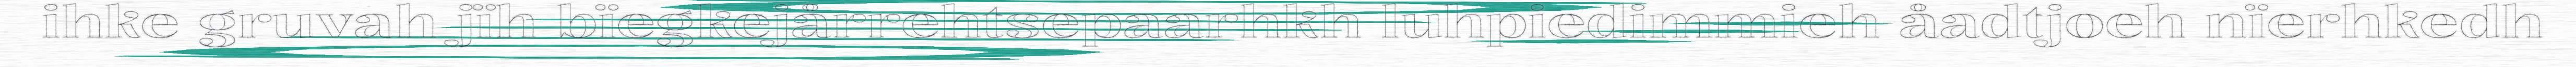
ihke gruvah jïh bïegkejårrehtsepaarhkh luhpiedimmieh åadtjoeh nïerhkedh